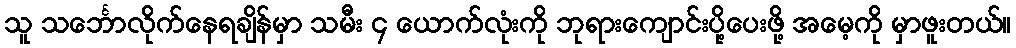
သူ သင်္ဘောလိုက်နေရချိန်မှာ သမီး ၄ ယောက်လုံးကို ဘုရားကျောင်းပို့ပေးဖို့ အမေ့ကို မှာဖူးတယ်။